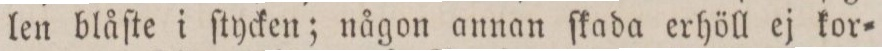
len blåſte i ſtycken; någon annan ſkada erhöll ej kor=